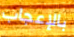
بالإعجاب